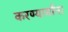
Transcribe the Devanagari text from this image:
करण्यार्यांना